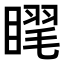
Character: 𥉗